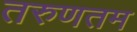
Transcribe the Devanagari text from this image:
तरुणतम